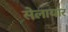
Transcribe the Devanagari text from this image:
सेलायार